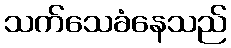
သက်သေခံနေသည်